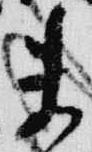
未